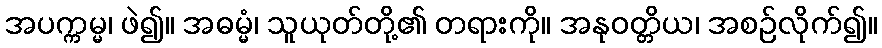
အပက္ကမ္မ၊ ဖဲ၍။ အဓမ္မံ၊ သူယုတ်တို့၏ တရားကို။ အနုဝတ္တိယ၊ အစဉ်လိုက်၍။